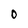
Character: O